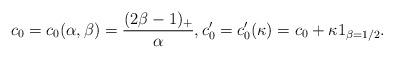
LaTeX: \begin{align*} c_0=c_0(\alpha,\beta)=\frac{(2\beta-1)_+}{\alpha}, c'_0=c'_0(\kappa)=c_0+\kappa 1_{\beta=1/2}.\end{align*}